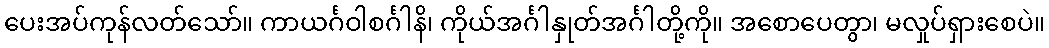
ပေးအပ်ကုန်လတ်သော်။ ကာယင်္ဂဝါစင်္ဂါနိ၊ ကိုယ်အင်္ဂါနှုတ်အင်္ဂါတို့ကို။ အစောပေတွာ၊ မလှုပ်ရှားစေပဲ။